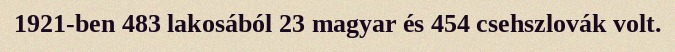
1921-ben 483 lakosából 23 magyar és 454 csehszlovák volt.